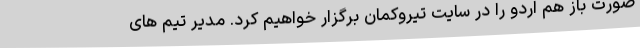
صورت باز هم اردو را در سایت تیروکمان برگزار خواهیم کرد. مدیر تیم های